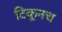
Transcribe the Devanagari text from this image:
टिकूनच